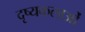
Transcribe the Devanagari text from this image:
दृष्यकलाओं